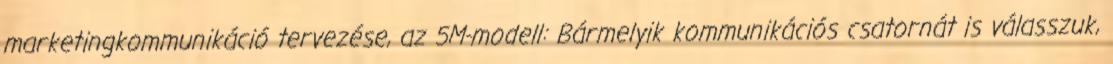
marketingkommunikáció tervezése, az 5M-modell: Bármelyik kommunikációs csatornát is válasszuk,